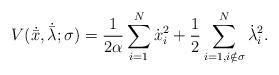
LaTeX: \begin{align*}V(\dot{\bar{x}},\dot{\bar{\lambda}};\sigma)=\frac{1}{2\alpha}\sum_{i=1}^{N}\dot{x}_{i}^{2}+\frac{1}{2}\sum_{i=1,i\notin\sigma}^{N}\dot{\lambda}_{i}^{2}.\end{align*}